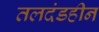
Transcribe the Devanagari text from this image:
तलदंडहीन